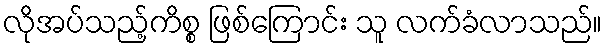
လိုအပ်သည့်ကိစ္စ ဖြစ်ကြောင်း သူ လက်ခံလာသည်။